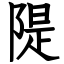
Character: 隄